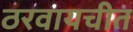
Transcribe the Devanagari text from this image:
ठरवायचीत